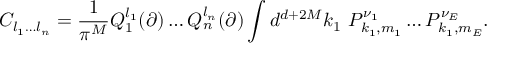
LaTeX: C _ { l _ { 1 } \ldots l _ { n } } = \frac { 1 } { \pi ^ { M } } Q _ { 1 } ^ { l _ { 1 } } ( \partial ) \ldots Q _ { n } ^ { l _ { n } } ( \partial ) \int d ^ { d + 2 M } k _ { 1 } ~ P _ { k _ { 1 } , m _ { 1 } } ^ { \nu _ { 1 } } \ldots P _ { k _ { 1 } , m _ { E } } ^ { \nu _ { E } } .